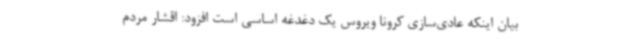
بیان اینکه عادی‌سازی کرونا ویروس یک دغدغه اساسی است افزود: اقشار مردم